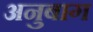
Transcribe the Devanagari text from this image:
अनुबाग